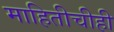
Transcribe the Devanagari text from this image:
माहितीचीही